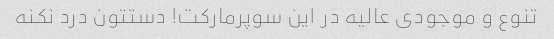
تنوع و موجودی عالیه در این سوپرمارکت! دستتون درد نکنه